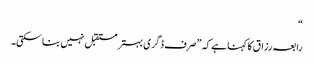
“
رابعہ رزاق کا کہنا ہے کہ ”صرف ڈگری بہتر مستقبل نہیں بنا سکتی۔